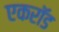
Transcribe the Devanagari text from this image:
एकरॉड